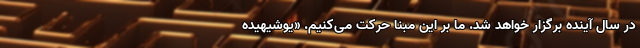
در سال آینده برگزار خواهد شد. ما بر این مبنا حرکت می‌کنیم. «یوشیهیده